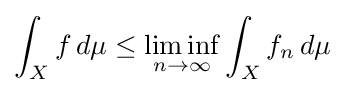
\int _{X}f\,d\mu \leq \liminf _{n\to \infty }\int _{X}f_{n}\,d\mu